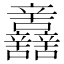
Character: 𨑂